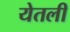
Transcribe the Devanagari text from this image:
येतली